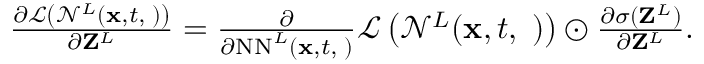
\begin{array} { r } { \frac { \partial \mathcal { L } \left( \mathcal { N } ^ { L } ( { \bf x } , t , { \bf \phi } ) \right) } { \partial { \bf Z } ^ { L } } = \frac { \partial } { \partial \mathrm { N N } ^ { L } ( { \bf x } , t , { \bf \phi } ) } \mathcal { L } \left( \mathcal { N } ^ { L } ( { \bf x } , t , { \bf \phi } ) \right) \odot \frac { \partial \sigma ( { \bf Z } ^ { L } ) } { \partial { \bf Z } ^ { L } } . } \end{array}